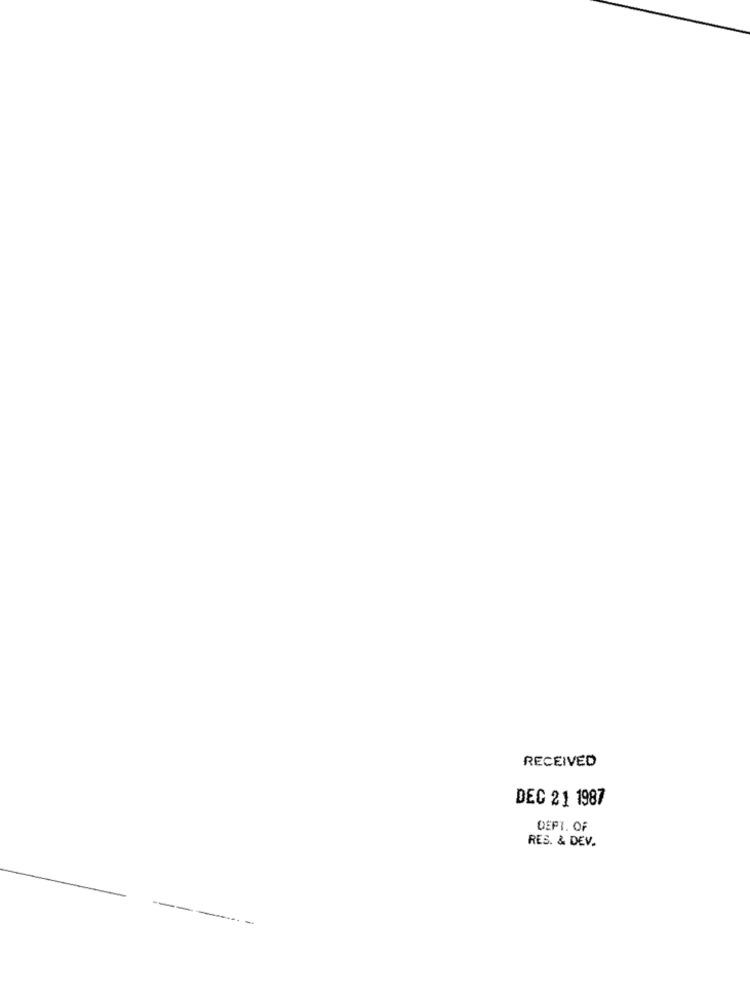
RECEIVED
DEC 21 1987
DEPT. OF
RES. & DEV.